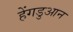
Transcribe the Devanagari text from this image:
हेंगडुआन